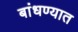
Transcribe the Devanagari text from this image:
बांधण्‍यात